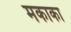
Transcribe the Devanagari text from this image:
मकाका